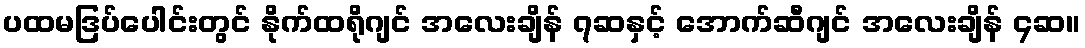
ပထမဒြပ်ပေါင်းတွင် နိုက်ထရိုဂျင် အလေးချိန် ၇ဆနှင့် အောက်ဆီဂျင် အလေးချိန် ၄ဆ။